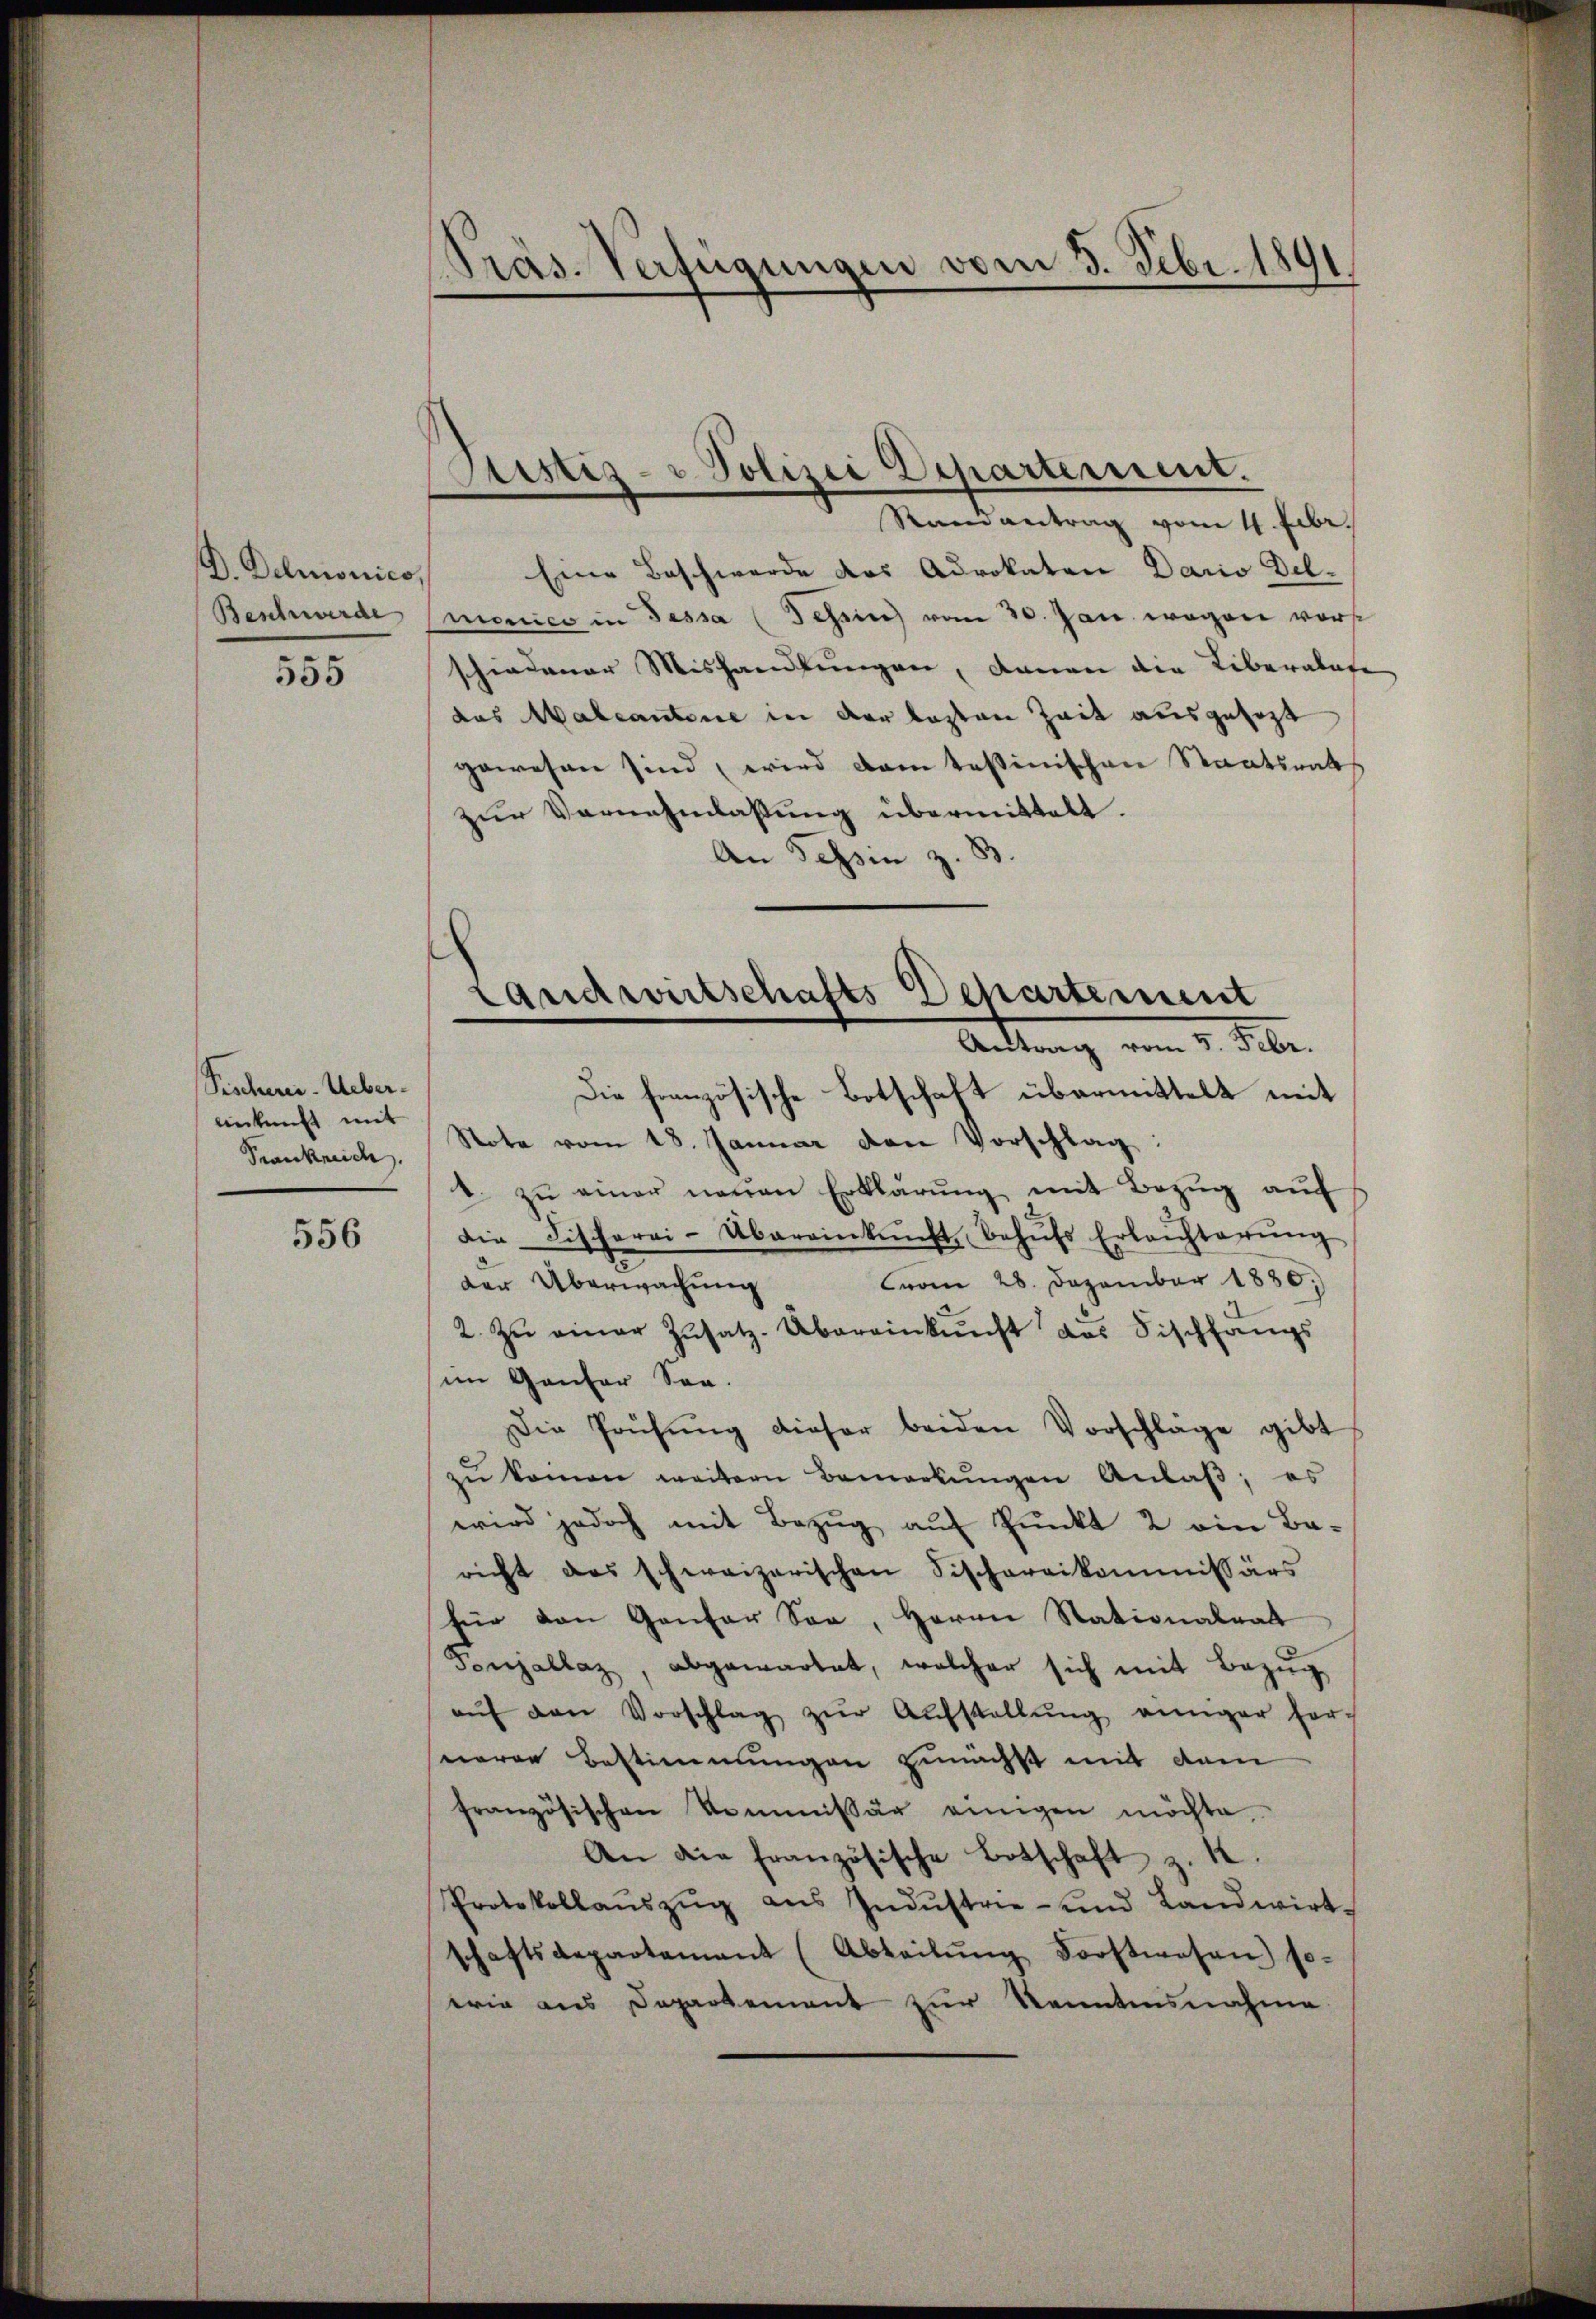
D. Demonico,
Beschwerde

555

Seschrei-Uebereinkunft mit
Krankreide.

556

Präs. Verfügungen vom 3. Febr. 1891

Justiz- u Polizei Departement.

Randantrag vom 4. Febr.
Eine Beschwerde des Advokaten Dario Del-
menico in Tessa (Tessin vom 30. Jan. wegen vorst
schiedener Mishandlungen, danen die Liberalate
das Malcantone in der besten Zeit ausgesezt
gewesen sind wird dem tessinischen Staatsrat
zur Vernehmlassung übermittelt.
An Tessin z. B.
Die französische Botschaft übermittelt mit
Note vom 18. Januar den Vorschlag:
. zŭ einer neŭen Erklärŭng mit Bezŭg aŭf
die Fischerei-Übereinkunft behŭfs Erleichterŭng
vom 28. Dezember 1880.
der Überwachung
2. zŭ einer Zŭsatz-Übereinkunft aus Fischfangs
im Gantor Son-
Die Prüfŭng dieser beiden Vorschläge gibt
zŭ kommen weitern Bemerkŭngen Anlaß, es
wird jedoch mit Bezug auf Punkt 2 ein Be-
richt das schweizerischen Fischereikommissärs
für den Gantor Son, Herrn Stationalrat
Ponjallaz, abgewartet, welcher sich mit Bezŭg
aŭf den Vorschlag zŭr Aŭfstellŭng einiger her-
eeren Bestimmungen zunächst mit dem
französischen Kommissär einigen möchte
An die französische Botschaft z. 12.
Protokollaŭszŭg aŭs Indŭstrie- und Landwirt-
schaftsdepartement (Abteilŭng Forstwesen) so-
wie aus Departement zur Kenntensnahme

¬
Landwirtschafts-Departement
Antrag vom 5. Febr.